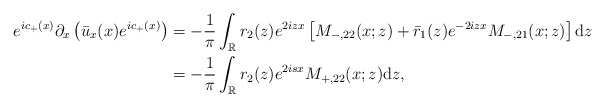
\begin{align*}e^{ic_+(x)} \partial_{x}\left(\bar{u}_x(x) e^{ic_+(x)}\right)&=-\frac{1}{\pi} \int_{\mathbb{R}} r_2(z) e^{2 iz x}\left[M_{-,22}(x;z)+\bar{r}_1(z)e^{-2izx} M_{-,21}(x ;z)\right] \mathrm{d}z \\&=-\frac{1}{\pi} \int_{\mathbb{R}} r_2(z) e^{2isx} M_{+,22}(x;z)\mathrm{d}z,\end{align*}